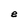
Character: e